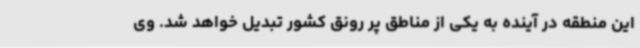
این منطقه در آینده به یکی از مناطق پر رونق کشور تبدیل خواهد شد. وی